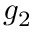
g _ { 2 }